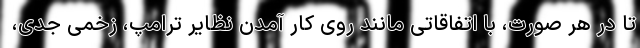
تا در هر صورت، با اتفاقاتی مانند روی کار آمدن نظایر ترامپ، زخمی جدی،